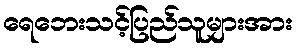
ရေဘေးသင့်ပြည်သူများအား